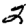
Digit: 2